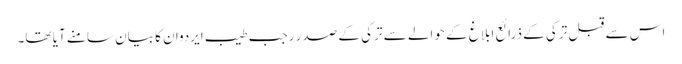
اس سے قبل ترکی کے ذرائع ابلاغ کے حوالے سے ترکی کے صدر رجب طیب ایردوان کا بیان سامنے آیا تھا۔